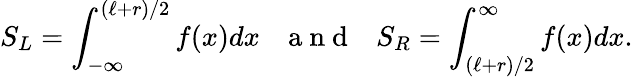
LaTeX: S_{L}=\int_{-\infty}^{(\ell+r)/2}f(x)dx~~~\mathrm{~a~n~d~}~~~S_{R}=\int_{(\ell+r)/2}^{\infty}f(x)dx.